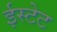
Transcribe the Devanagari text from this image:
ईस्टेट